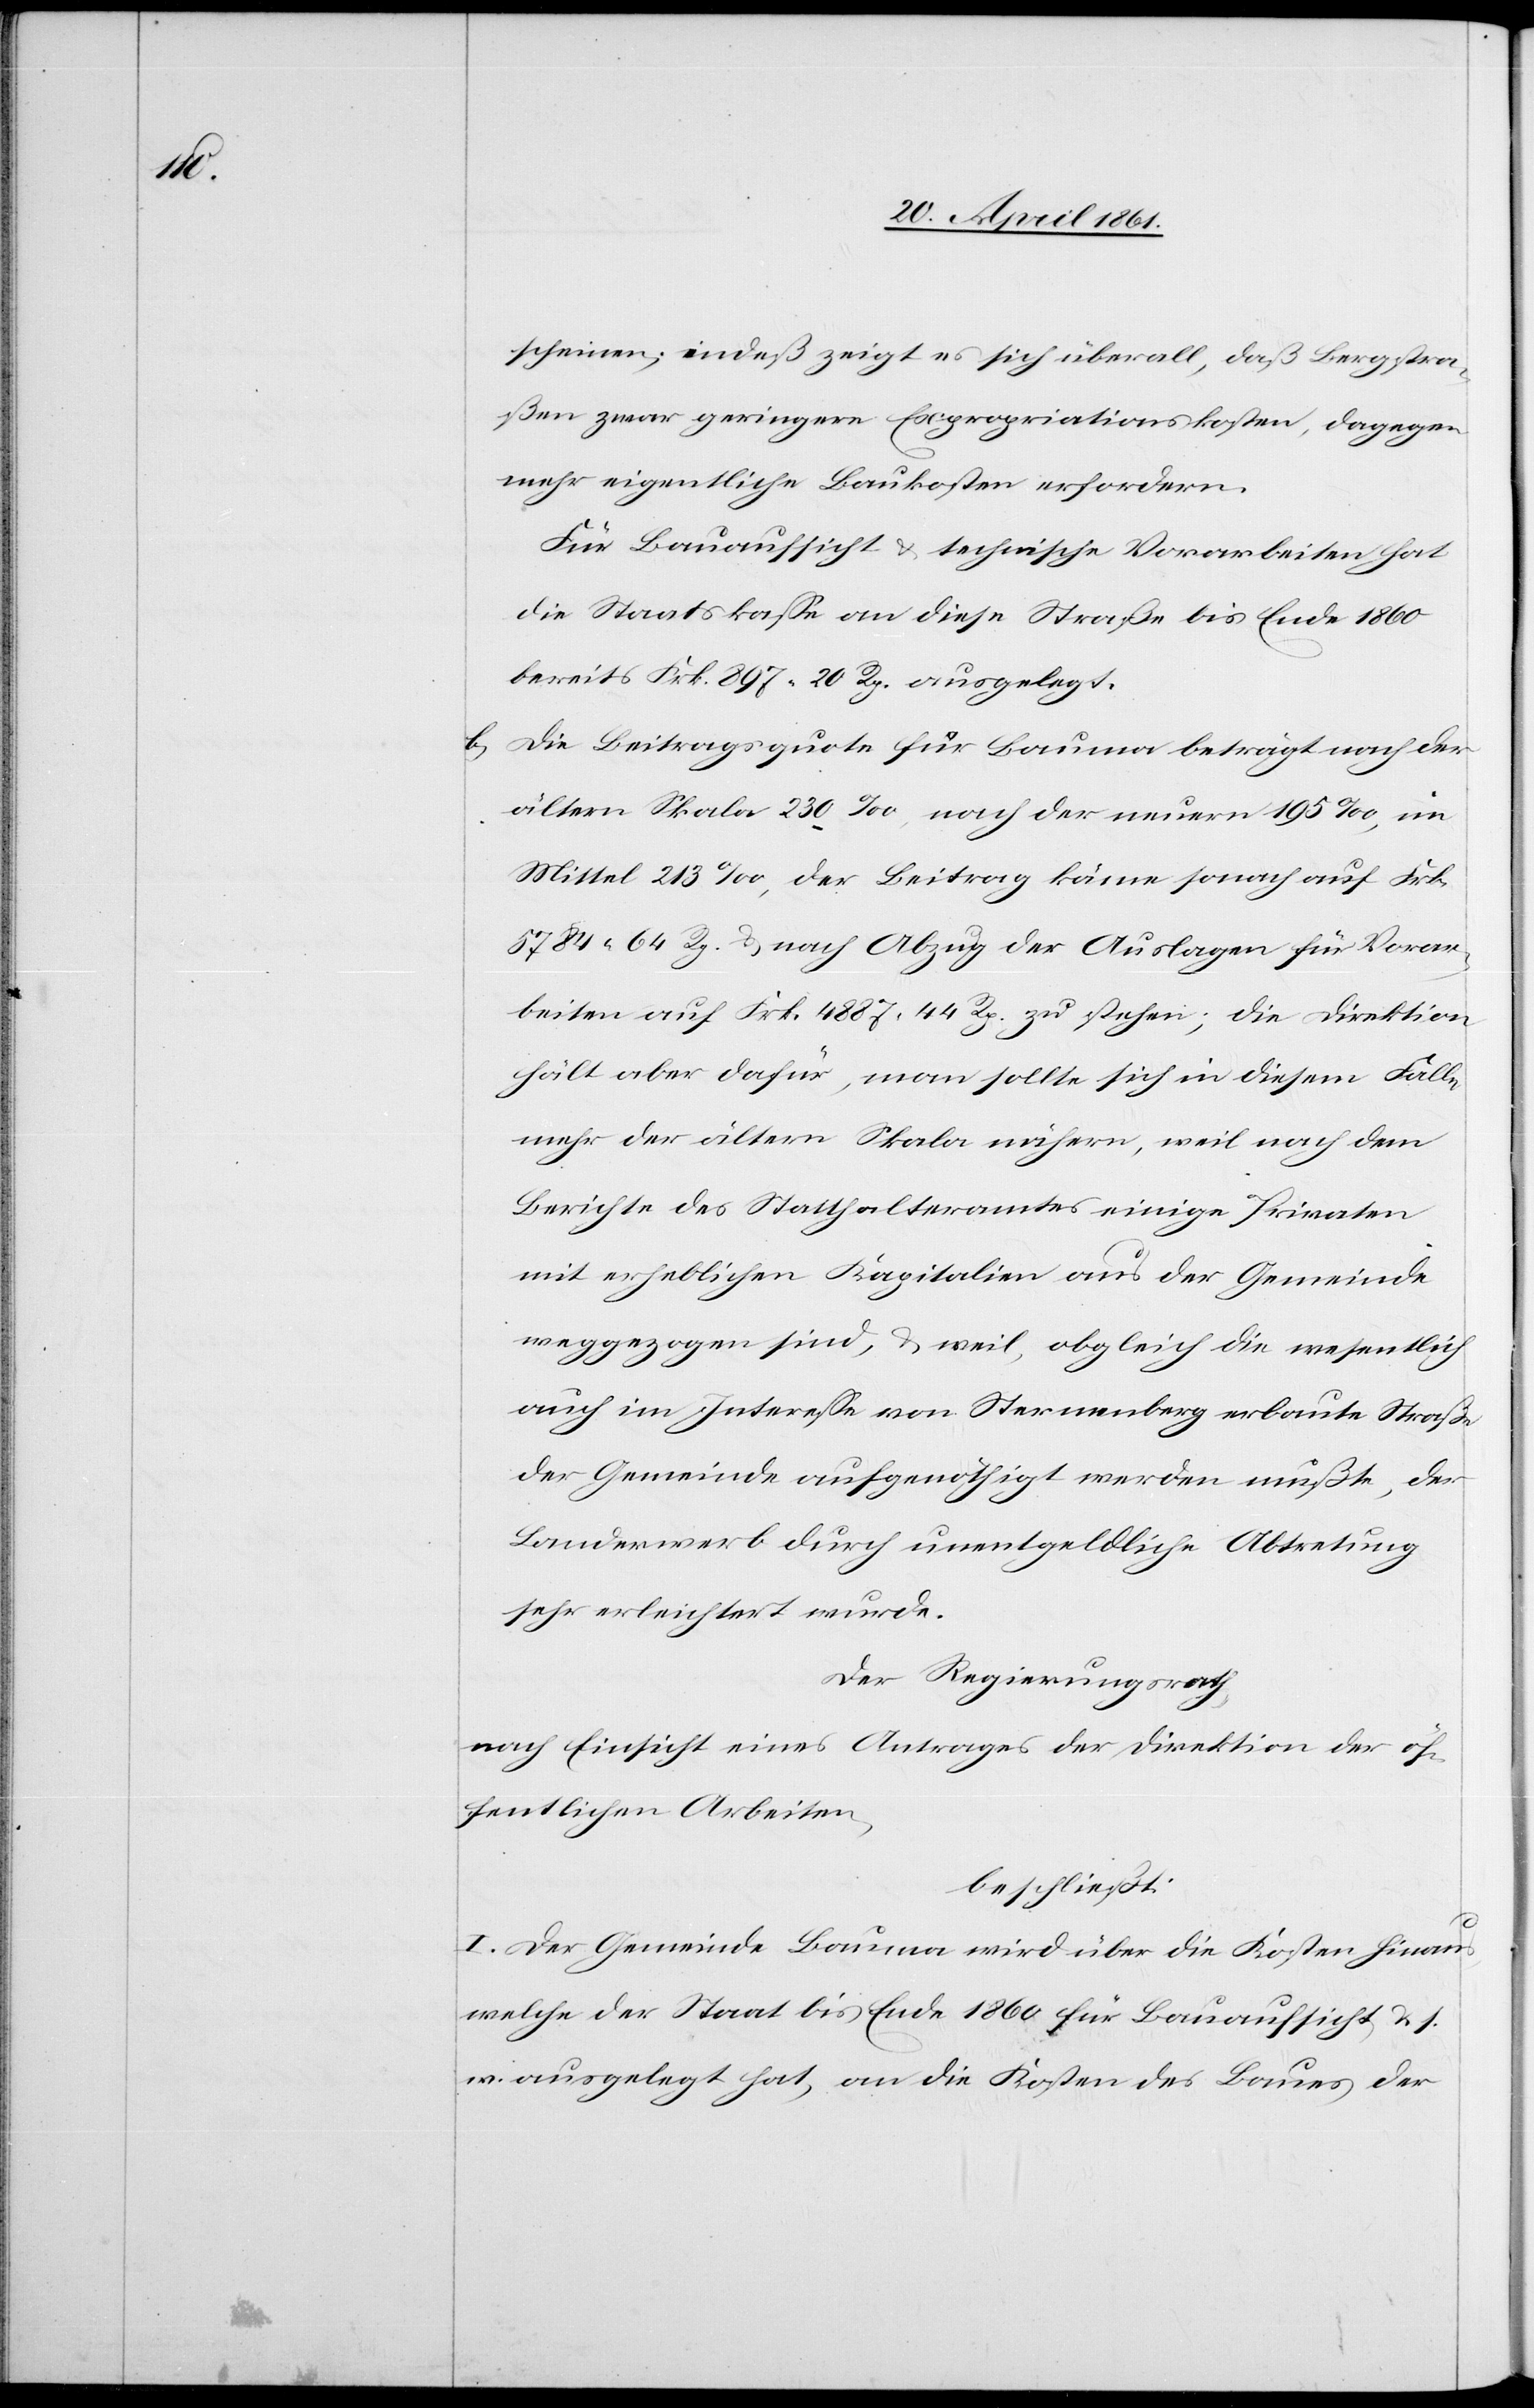
scheinen; indeß zeigt es sich überall, daß Bergstra¬
ßen zwar geringere Expropriationskosten, dagegen
mehr eigentliche Baukosten erfordern.
Für Bauaufsicht u. technische Vorarbeiten hat
die Staatskasse an diese Straße bis Ende 1860
bereits Frk. 897 20 Rp. ausgelegt.
b. Die Beitragsquote für Bauma beträgt nach der
ältern Skala 230‰, nach der neuern 195‰, im
Mittel 213‰, der Beitrag käme sonach auf Frk.
5784 64 Rp. u. nach Abzug der Auslagen für Vorar¬
beiten auf Frk. 4887 44 Rp. zu stehen; die Direktion
hält aber dafür, man sollte sich in diesem Falle
mehr der ältern Skala nähern, weil nach dem
Berichte des Statthalteramtes einige Privaten
mit erheblichen Kapitalien aus der Gemeinde
weggezogen sind, u. weil, obgleich die wesentlich
auch im Interesse von Sternenberg erbaute Straße
der Gemeinde aufgenöthigt werden mußte, der
Landerwerb durch unentgeldliche Abtretung
sehr erleichtert wurde.
Der Regierungsrath
nach Einsicht eines Antrages der Direktion der öf¬
fentlichen Arbeiten,
beschließt:
I. Der Gemeinde Bauma wird über die Kosten hinaus
welche der Staat bis Ende 1860 für Bauaufsicht u. s.
w. ausgelegt hat, an die Kosten des Baues der